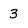
Character: 3